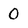
Character: 0